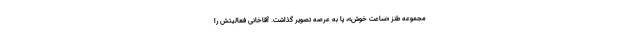
مجموعه طنز «ساعت خوش»، پا به عرصه تصویر گذاشت. آقاخانی فعالیتش را